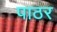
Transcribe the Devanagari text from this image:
पाठर